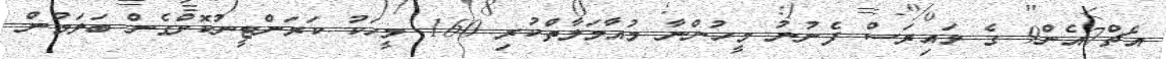
އެޗް7އެން9 ގެ ވައިރަސް ފެނުނު މީހުންނާ މުއާމަލާތްކުރި 160 މީހަކު ކަރަންޓީނުކޮށްގެން ބަލަމުން